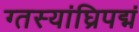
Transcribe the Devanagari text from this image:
ग्तस्यांघ्रिपद्मं